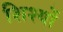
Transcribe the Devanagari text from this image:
शिश्यों